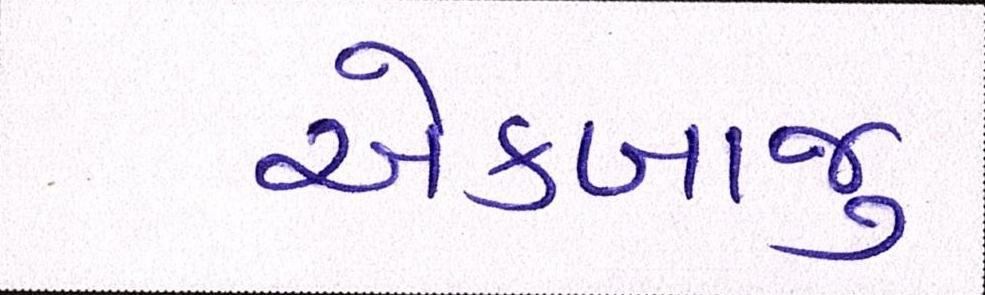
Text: એકબાજુ